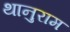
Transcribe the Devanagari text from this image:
थानुराम